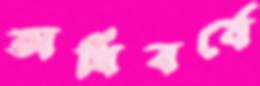
অধিবর্ষে